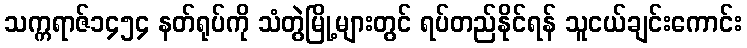
သက္ကရာဇ်၁၄၅၄ နတ်ရုပ်ကို သံတွဲမြို့များတွင် ရပ်တည်နိုင်ရန် သူငယ်ချင်းကောင်း